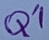
Text: Q1